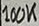
Text: 100K